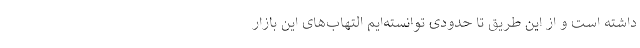
داشته است و از این طریق تا حدودی توانسته‌ایم التهاب‌های این بازار